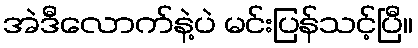
အဲဒီလောက်နဲ့ပဲ မင်းပြန်သင့်ပြီ။